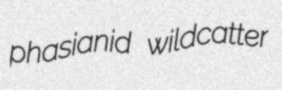
phasianid wildcatter